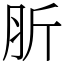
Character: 肵